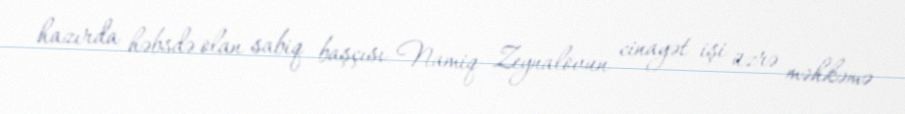
hazırda həbsdə olan sabiq başçısı Namiq Zeynalovun cinayət işi üzrə məhkəmə